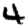
Digit: 4